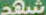
شهد